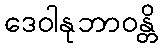
ဒေဝါနုဘာဝန္တိ